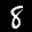
Label: 8